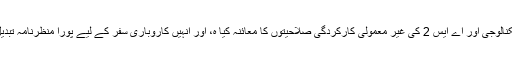
رکی نے مزید کہا کہ “ہم نے ایریون ٹیکنالوجی اور اے ایس 2 کی غیر معمولی کارکردگی صلاحیتوں کا معائنہ کیا ہ، اور انہیں کاروباری سفر کے لیے پورا منظرنامہ تبدیل کرنے کی صلاحیت کا حامل پایا ہے۔